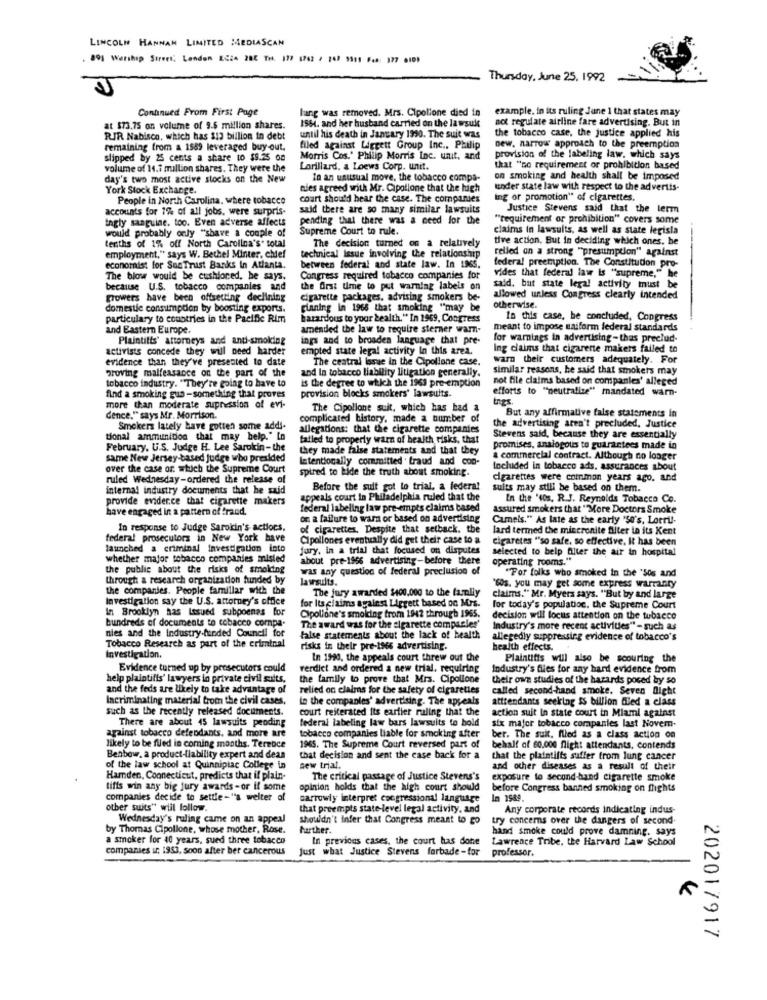
LINCOLN HANNAH LIMITED MEDIASCAN
891 Worship Street, London EC24 28C Trs. 177 (762 / 147 9911 F48: 377 6101
Thursday, June 25. 1992
Continued From First Page
lung was removed. Mrs. Cipollone died in
example. in its ruling June 1 that states may
1564. and her husband carried on the lawsuit
not regulate airline fare advertising. But in
at 573.75 on volume of 9.6 million shares.
the tobacco case, the justice applied his
RJR Nabisco, which has 313 billion in debt
until his death in January 1990. The suit was
remaining from a 1589 leveraged buy-out.
filed against Liggett Group Inc ., Philip
new, narrow approach to the preemption
slipped by 25 cents a share to $5.25 on
Morris Cos.' Philip Morris Inc. unit, and
provision of the labeling law, which says
volume of 14.7 million shares. They were the
Lorillard, a Loews Corp. unit.
that "no requirement or prohibition based
day's two most active stocks on the New
In an unusual move, the tobacco compa-
on smoking and health shall be imposed
York Stock Exchange.
nies agreed with Mr. Cipollone that the high
under state law with respect to the advertis-
People in North Carolina, where tobacco
court should hear the case. The companies
ing or promotion" of cigarettes.
accounts for 1% of all jobs, were surpris-
said there are so many similar lawsuits
Justice Stevens said that the lerm
ingly sanguine. too. Even adverse affects
pending that there was a need for the
""requirement or prohibition" covers some
would probably only "shave a couple of
Supreme Court to rule.
claims in lawsuits, as well as state legisla
tive action. But in deciding which ones. be
tenths of 1% off North Carolina's. total
technical issue involving the relationship
The decision turned on a relatively
relied on a strong "presumption" against
employment," says W. Bethel Minter, chief
economist for Sun Trust Banks In Atlanta.
between federal and state law. In L965.
vides that federal law is "supreme," he
federa! preemption. The Constitution pro-
The blow would be cushioned, he says.
Congress required tobacco companies for
because U.S. tobacco companies and
the first time to put warning labels on
said, but state legal activity must be
growers have been offsetting declining
cigarette packages, advising smokers be-
allowed unless Congress clearly intended
domestic consumption by boosting exports.
pinning in 1968 that smoking "may be
otherwise.
particulary to countries in the Pacific Rim
hazardous to your health." In 1969, Congress
In this case, be concluded, Congress
and Eastern Europe
amended the law to require sterner war-
meant to impose uniform federal standards
Plaintitts' attorneys and anti-smoking
ings and to broaden language that pre-
for warnings in advertising - thas preclud-
activists concede they will need harder
empted state legal activity In this area.
Ing claims that cigarette makers failed to
evidence than they've presented to date
The central issue in the Cipollone case.
warn their customers adequately. For
proving malfeasance on the part of the
similar reasons, he said that smokets may
tobacco industry. "They're going to have to
is the degree to which the 1963 pre-emption
and In tobacco liability litigation generally.
not file claims based on companies' alleged
efforts to "neutralize" mandated warn-
find a smoking gun -something that proves
provision blocks smokers' lawsuits.
more than moderate supression of evi-
The Cipollone suit, which has had
But any affirmative false statements in
Cence," says Mr. Morrison.
complicated history, made a number of
Smokers lately have gotten some addi.
allegations: that the cigarette companies
the advertising aren't precluded, Justice
tional ammunition that may help." In
failed to properly warn of health risks, that
Stevens said, because they are essentially
February. U.S. Judge H. Lee Sarokin- the
they made false statements and that they
promises, analogous to guarantees made in
same New Jersey-based judge who presided
latentionally committed . fraud and con-
a commercial contract. Although no longer
over the case of which the Supreme Court
spired to hide the truth about smoking.
Included in tobacco ads. assurances about
ruled Wednesday-ordered the release of
cigarettes were common years ago, and
internal industry documents that he said
Before the suit got to trial. a federal
sults may still be based on them.
provide evidence that cigarette makers
appeals court in Philadelphia ruled that the
In the '40s. R.J. Reynolds Tobacco Co.
have engaged in a pattern of frand.
federal labeling law pre-empts claims based
assured smokers that "More Doctors Smoke
on a failure to warn or based on advertising
Camels." As late as the early "so's, Lorri !-
In response to Judge Sarokin's actions,
of cigarettes. Despite that setback. the
lard termed the miscronite filter in its Kent
federal prosecutors in New York have
Cipollones eventually did get their case to a
cigaretes "so safe. so effective. It has been
launched a criminal investigation to
jury, in a trial that focused on disputes
selected to belp Alter the air in hospital
whether major tobacco companies misled
about pre-1966 advertising-before there
operating rooms."
the public about the risks of smolding
was any question of federal preclusion of
"For folks who smoked in the 'Sos and
through a research organization funded by
lawsuits.
the companies. People familiar with the
The jury awarded $400.000 to the family
"sos, you may get some express warranty
Investigation say the U.S. attorney's office
for Its claims against Liggett based on Mrs.
claims." Mr. Myers says. "But by and large
In Brooklyn has Issued subpoenas for
Cipollone's smolding trom 1942 through 1965.
for today's population, the Supreme Court
bundreds of documents to tobacco compa-
The award was for the cigarette comparles'
decision will focus attention on the tubaece
nies and the Industry-funded Council for
Industry's more recent activities"* - such as
false statements about the lack of health
allegedly suppressing evidence of tobacco's
Tobacco Research as part of the criminal
risks in their pre-1966 advertising.
health effects.
Investigation.
In 1990, the appeals court threw out the
Plaintiffs will also be scouring the
Evidence turned up by prosecutors could
verdict and ordered a new trial, requiring
Industry's files for any hard evidence from
help plaintiffs' lawyers in private civil suits.
the family to prove that Mrs. Cipollone
their own studies of the hazards posed by so
and the feds are likely to take advantage of
relied on claims for the safety of cigarettes
called second-hand smoke. Seven night
Incriminating material from the civil cases.
La the companies' advertising. The appeals
attendants seeking &S billion fled a class
such as the recently released documents.
court reiterated Its earlier ruling that the
action suit In state court in Miami against
There are about 45 lawsuits pending
federal labeling law bars lawsuits to hold
six major tobacco companies last Novem-
against tobacco defendants, and more are
tobacco companies liable for smoking after
ber. The suit, flled as a class action on
likely to be filed in coming months. Terence
1965. The Supreme Court reversed part of
behalf of 60.000 flight attendants, contends
Benbow, a product-liability expert and dean
that decision and sent the case back for a
that the plaintilts suffer from lung cancer
of the law school at Quinnipiac College in
new trial.
and other diseases as a result of their
Hamden, Connecticut, predicts that if plain-
The critical passage of Justice Stevens's
exposure to second-hand cigarette smoke
tifis win any big jury awards -or if some
opinion holds that the high court should
before Congress banned smoking on flights
companies decide to settle-"a welter of
carrowly interpret congressional language
In 1989.
other suits" will follow
that preempts state-level legal activity, and
Any corporate records indicating indus-
Wednesday's ruling came on an appeal
shouldn't infer that Congress meant to go
try concerns over the dangers of second
by Thomas Cipollone, whose mother, Rose.
Further.
hand smoke could prove damning. says
a smoker for 40 years, sued three tobacco
In previous cases, the court has done
Lawrence Tribe, the Harvard Law School
companies ir: 1953. soon after ber cancerous
Just what Justice Stevens forbade-for
professor.
202017917